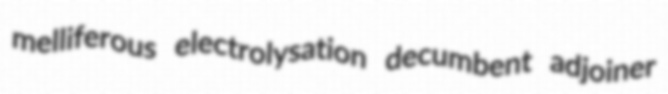
melliferous electrolysation decumbent adjoiner